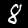
Label: 8